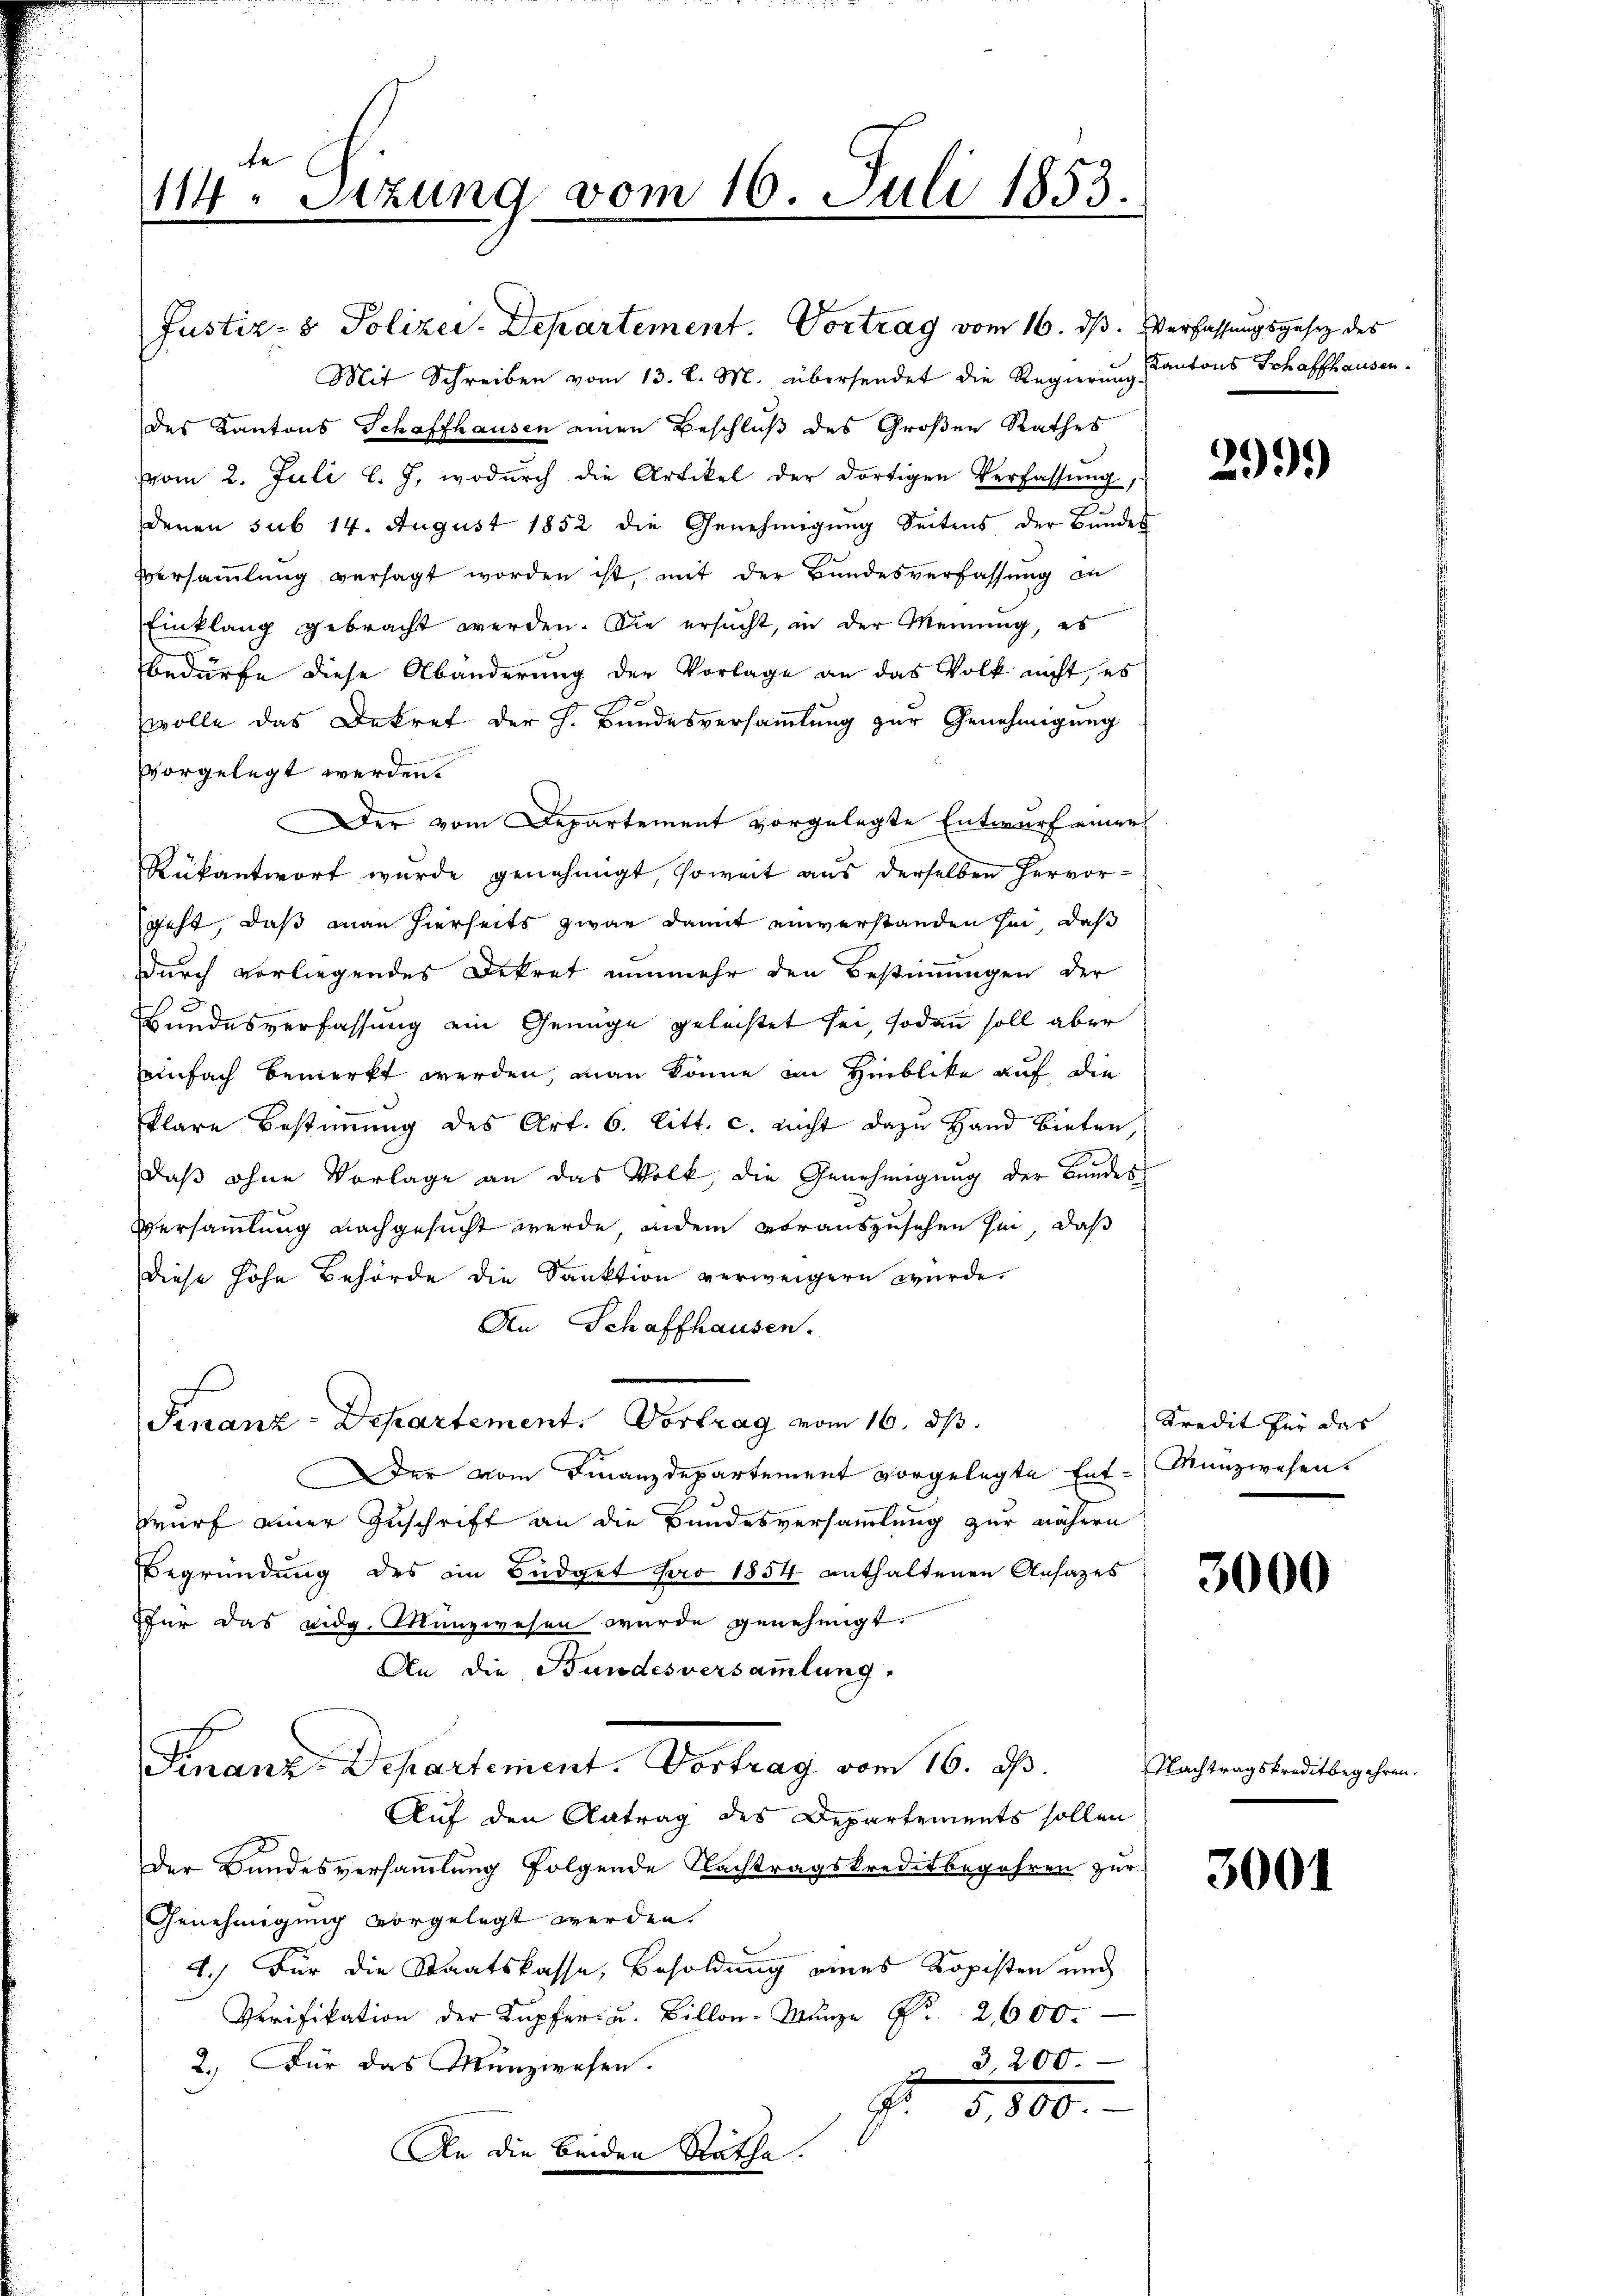
te
114. Sitzung vom 10. Juli 1853.

Mit Schreiben vom 13. l. M. übersendet die Regierung Kantons Schaffhausen.
des Kantons Schaffhausen einen Beschluß des Großen Rathes
vvom 2. Juli l. J. wodurch die Artikel der dortigen Verfassung
denen sub 14. August 1852 die Genehmigung Seitens der Bundes
Versammlung versagt worden ist, mit der Bundesverfassung in
Einklang gebracht werden. Die ersucht, in der Meinung, es
Bedürfe diese Abänderung der Vorlage an das Volk nicht, es
wolle das Dekret der h. Bundesversammlung zur Genehmigung
vorgelegt werden.
Der vom Departement vorgelegte Entwurf einer
Rükantwort wurde genehmigt, soweit aus derselben hervorgeht, daß man hierseits zwar damit einverstanden sei, daß
durch vorliegendes Dekret nunmehr den Bestimmungen der
5.
Bundesverfassung ein Genüge gelastet sei, sodann soll aber
einfach bemerkt werden, man könne im Hinblike auf die
klare Bestimmung des Art. 6. litt. c. nicht dazu Hand bieten,
daß ohne Vorlage an das Volk, die Genehmigung der Bundes
Versammlung nachgesucht werde, indem vorauszusehen sei, daß
diese hohe Behörde die Sanktion verweigern wurde.
An Schaffhausen.
Finanz-Departement. Vortrag vom 16. ds.
Der vom Finanzdepartement vorgelegte Ent-Münzwesen.
wurf einer Zuschrift an die Bundesversammlung zur nähern
2.
Begründung des im Büdget pro 1854 enthaltenen Ansatzes
für das eidg. Münzwesen wurde genehmigt.
An die Bundesversammlung.
Finanz-Departement. Vortrag vom 16. d.
Auf den Antrag des Departements sollen
Der Bundesversammlung folgende Nachtragskreditbegehren zur
Genehmigung vorgelegt werden.
2.) Für die Staatskasse, Besoldung eines Kopisten und
Verifikation der Kupfer u. Billon-Münze Nr. 2600.
3200.
2.) Für das Munzwesen.
Fr. 1,800.
An die beiden Rathe.

Justiz- & Polizei. Departement. Vortrag vom 16. ds. Verfassungsgesetz des

299.)

Kredit für das

3000

Nachtragskreditbegehren

3001